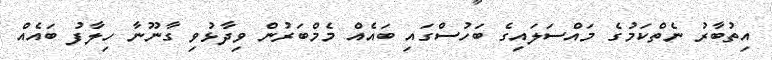
އިތުބާރު ނެތްކަމުގެ މައްސަލައިގެ ބަހުސްގައި ބައެއް މެމްބަރުން ވިދާޅުވި ގާނޫނާ ހިލާފު ބައެއް